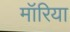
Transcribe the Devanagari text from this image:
मॉरिया